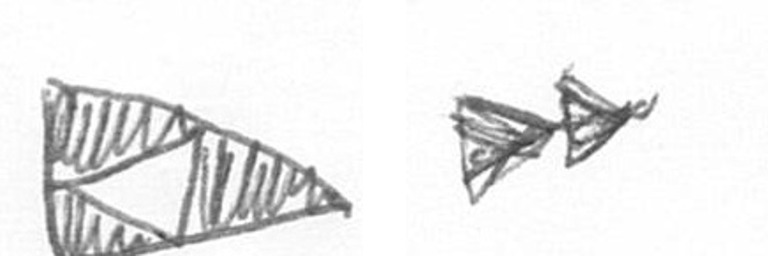
K A